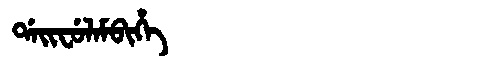
Manchu: ᡩᠠᡳᠸᡠᠯᠠᠮᠪᡳᡥᡝ
Romanization: DAIFULAMBIHE